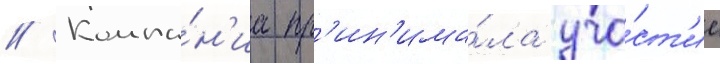
// Компа́н'иа пр'ин'има́ла уча́ст'ие